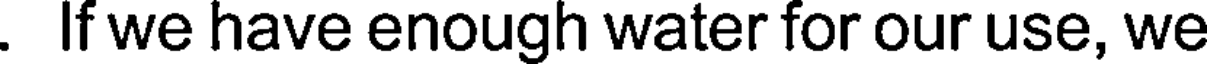
. If we have enough water for our use, we